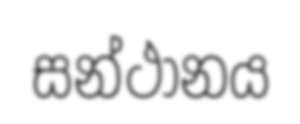
සන්ථානය